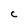
Character: C